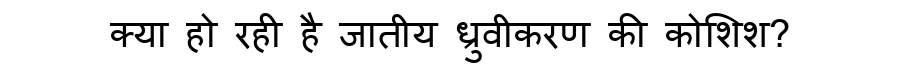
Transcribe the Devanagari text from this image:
क्या हो रही है जातीय ध्रुवीकरण की कोशिश?